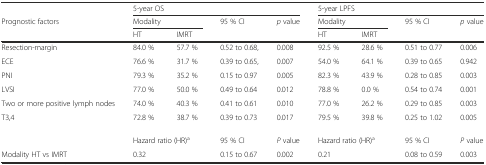
<table><thead><tr><td></td><td colspan="4"><b>5-year OS</b></td><td colspan="4"><b>5-year LPFS</b></td></tr><tr><td><b>Prognostic factors</b></td><td colspan="2"><b>Modality</b></td><td><b>95 % CI</b></td><td><b><i>p</i> value</b></td><td colspan="2"><b>Modality</b></td><td><b>95 % CI</b></td><td><b><i>p</i> value</b></td></tr><tr><td></td><td><b>HT</b></td><td><b>IMRT</b></td><td></td><td></td><td><b>HT</b></td><td><b>IMRT</b></td><td></td><td></td></tr></thead><tbody><tr><td>Resection-margin</td><td>84.0 %</td><td>57.7 %</td><td>0.52 to 0.68,</td><td>0.008</td><td>92.5 %</td><td>28.6 %</td><td>0.51 to 0.77</td><td>0.006</td></tr><tr><td>ECE</td><td>76.6 %</td><td>31.7 %</td><td>0.39 to 0.65,</td><td>0.007</td><td>54.0 %</td><td>64.1 %</td><td>0.39 to 0.65</td><td>0.942</td></tr><tr><td>PNI</td><td>79.3 %</td><td>35.2 %</td><td>0.15 to 0.97</td><td>0.005</td><td>82.3 %</td><td>43.9 %</td><td>0.28 to 0.85</td><td>0.003</td></tr><tr><td>LVSI</td><td>77.0 %</td><td>50.0 %</td><td>0.49 to 0.64</td><td>0.012</td><td>78.8 %</td><td>0.0 %</td><td>0.54 to 0.74</td><td>0.001</td></tr><tr><td>Two or more positive lymph nodes</td><td>74.0 %</td><td>40.3 %</td><td>0.41 to 0.61</td><td>0.010</td><td>77.0 %</td><td>26.2 %</td><td>0.29 to 0.85</td><td>0.003</td></tr><tr><td>T3,4</td><td>72.8 %</td><td>38.7 %</td><td>0.39 to 0.73</td><td>0.017</td><td>79.5 %</td><td>39.8 %</td><td>0.25 to 1.02</td><td>0.005</td></tr><tr><td></td><td colspan="2">Hazard ratio (HR)<sup>a</sup></td><td>95 % CI</td><td><i>P</i> value</td><td colspan="2">Hazard ratio (HR)<sup>a</sup></td><td>95 % CI</td><td><i>P</i> value</td></tr><tr><td>Modality HT vs IMRT</td><td colspan="2">0.32</td><td>0.15 to 0.67</td><td>0.002</td><td colspan="2">0.21</td><td>0.08 to 0.59</td><td>0.003</td></tr></tbody></table>